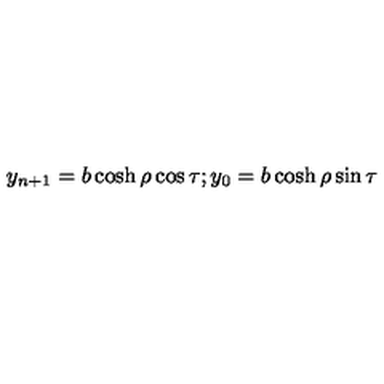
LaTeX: y _ { n + 1 } = b \cosh \rho \cos \tau ; y _ { 0 } = b \cosh \rho \sin \tau